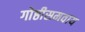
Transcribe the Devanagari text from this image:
गोष्ठीसमवाय